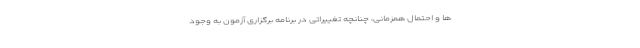
ها و احتمال همزمانی، چنانچه تغییراتی در برنامه برگزاری آزمون به وجود